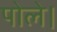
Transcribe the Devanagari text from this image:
पोले।